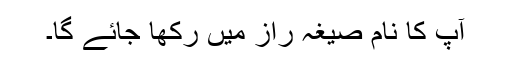
آپ کا نام صیغہ راز میں رکھا جائے گا۔